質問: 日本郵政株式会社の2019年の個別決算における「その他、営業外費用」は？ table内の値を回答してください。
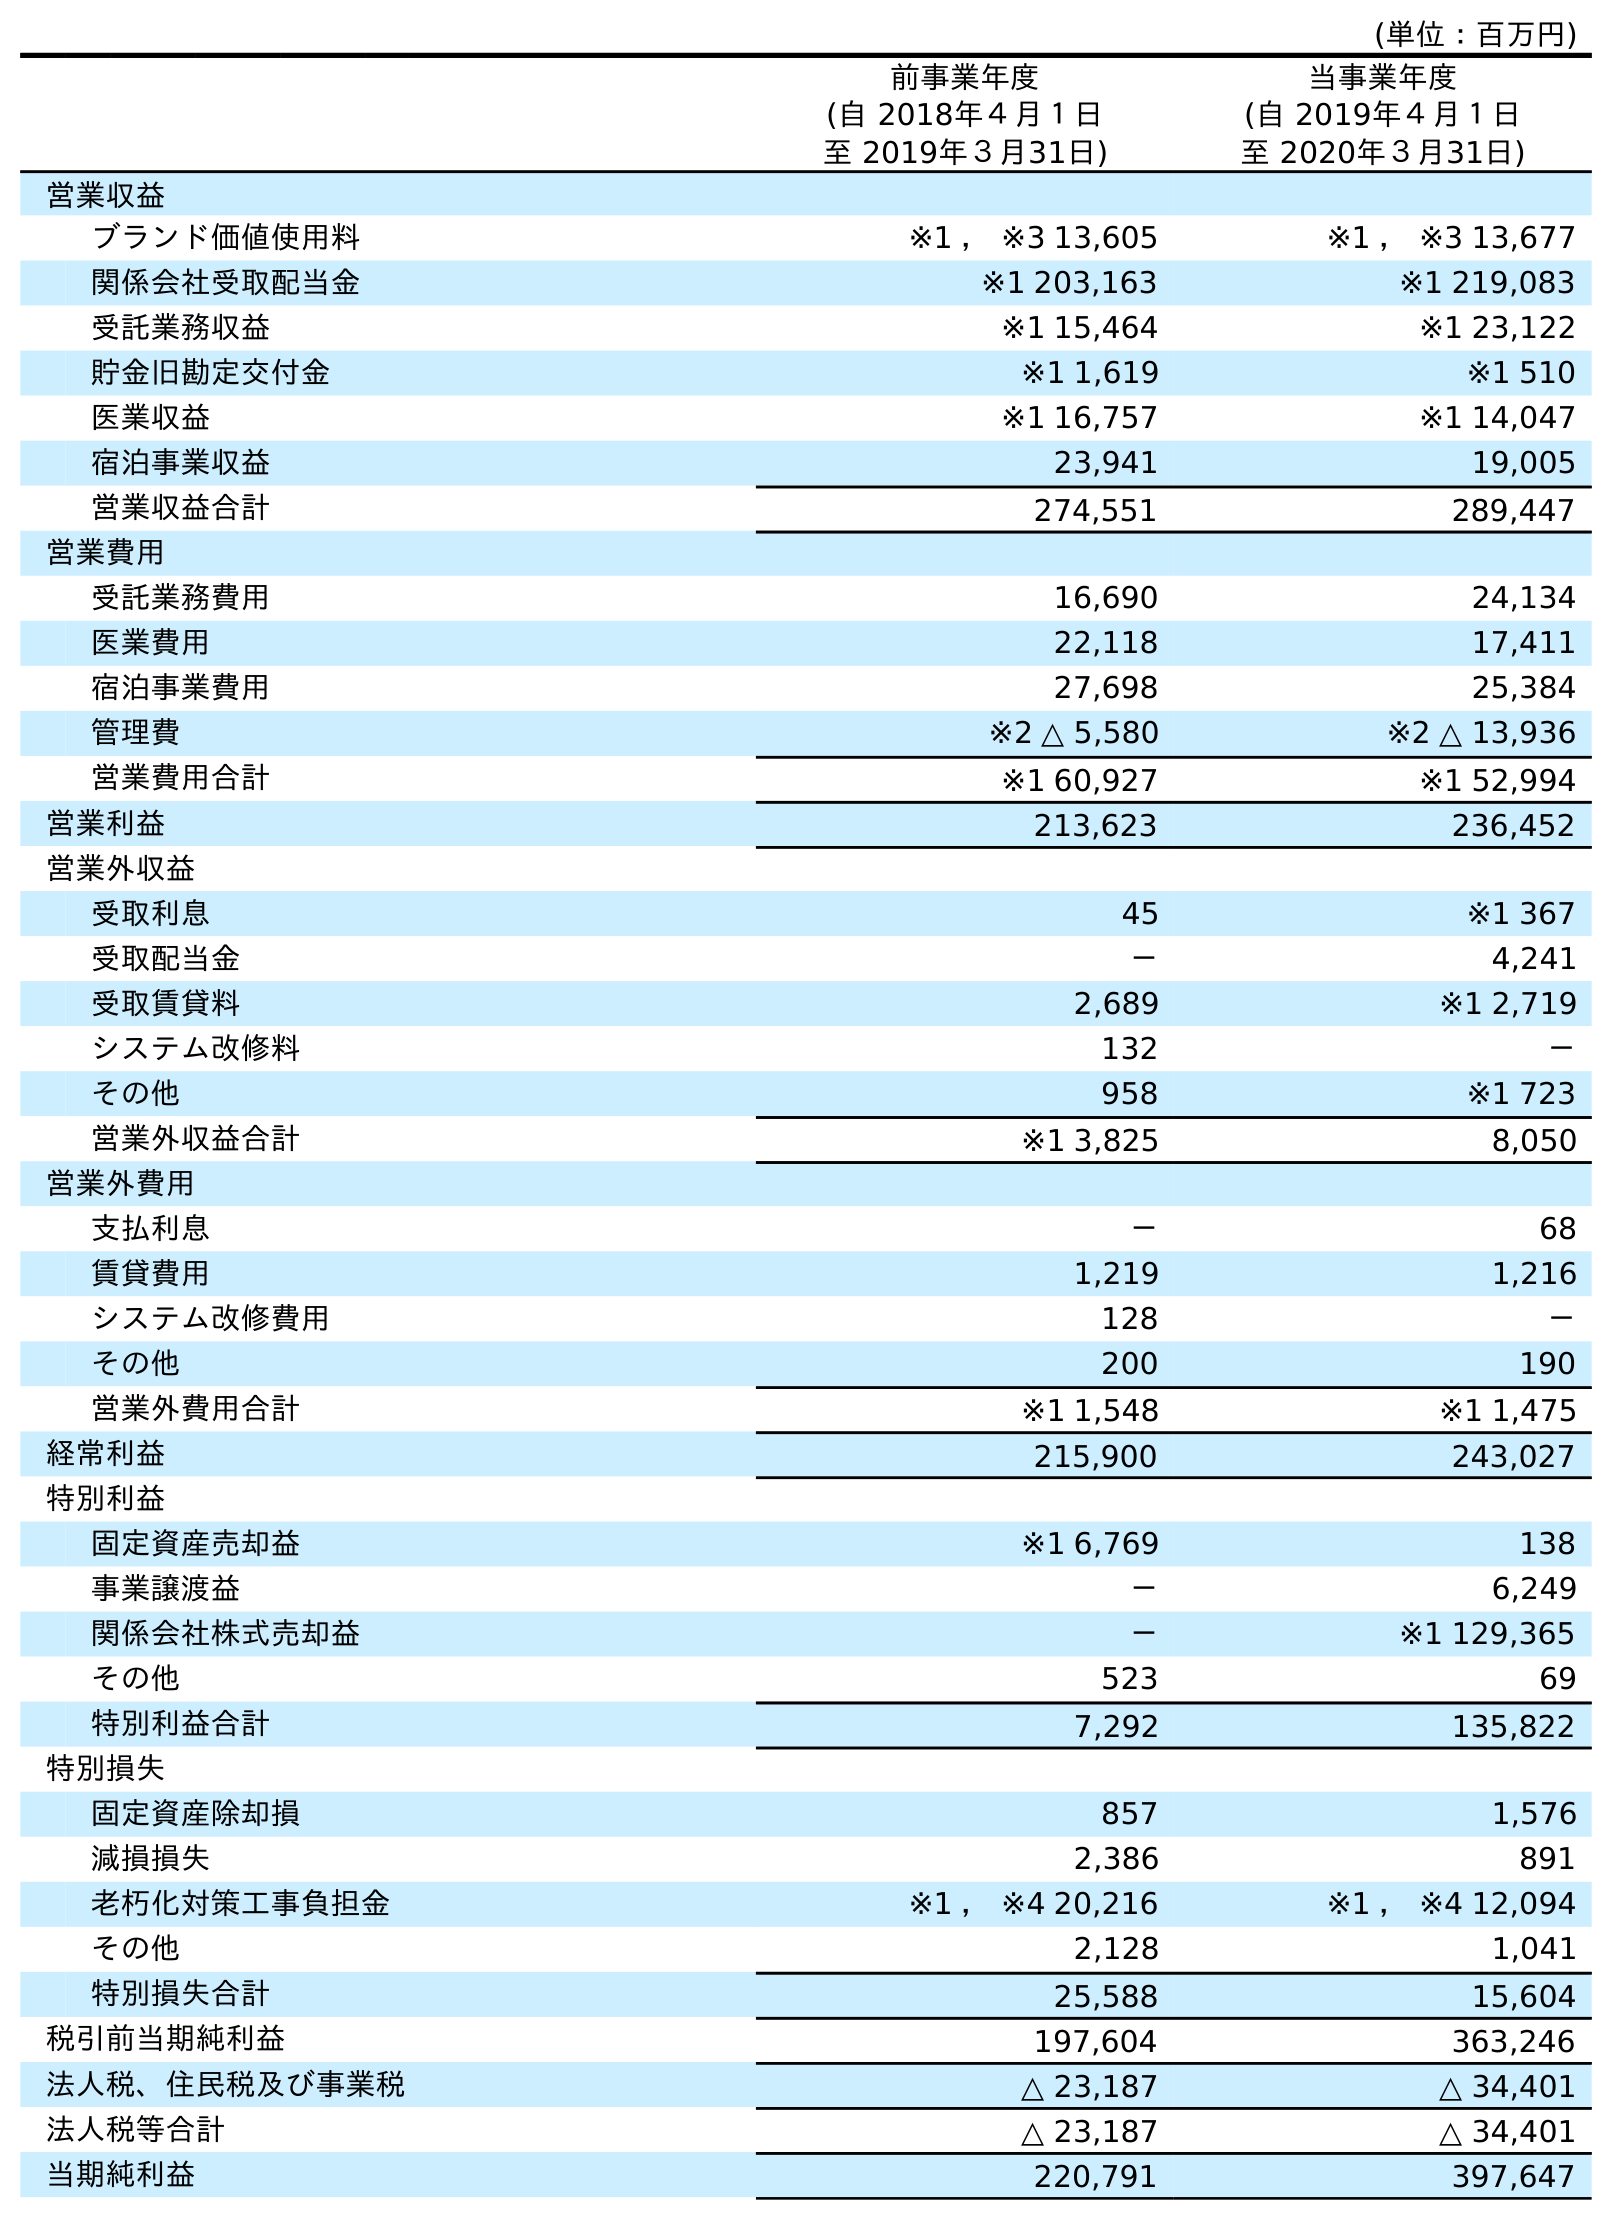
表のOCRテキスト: (単位：百万円) 前事業年度 (自 2018年４月１日 至 2019年３月31日) 当事業年度 (自 2019年４月１日 至 2020年３月31日) 営業収益 ブランド価値使用料 ※1 ， ※3 13,605 ※1 ， ※3 13,677 関係会社受取配当金 ※1 203,163 ※1 219,083 受託業務収益 ※1 15,464 ※1 23,122 貯金旧勘定交付金 ※1 1,619 ※1 510 医業収益 ※1 16,757 ※1 14,047 宿泊事業収益 23,941 19,005 営業収益合計 274,551 289,447 営業費用 受託業務費用 16,690 24,134 医業費用 22,118 17,411 宿泊事業費用 27,698 25,384 管理費 ※2 △ 5,580 ※2 △ 13,936 営業費用合計 ※1 60,927 ※1 52,994 営業利益 213,623 236,452 営業外収益 受取利息 45 ※1 367 受取配当金 － 4,241 受取賃貸料 2,689 ※1 2,719 システム改修料 132 － その他 958 ※1 723 営業外収益合計 ※1 3,825 8,050 営業外費用 支払利息 － 68 賃貸費用 1,219 1,216 システム改修費用 128 － その他 200 190 営業外費用合計 ※1 1,548 ※1 1,475 経常利益 215,900 243,027 特別利益 固定資産売却益 ※1 6,769 138 事業譲渡益 － 6,249 関係会社株式売却益 － ※1 129,365 その他 523 69 特別利益合計 7,292 135,822 特別損失 固定資産除却損 857 1,576 減損損失 2,386 891 老朽化対策工事負担金 ※1 ， ※4 20,216 ※1 ， ※4 12,094 その他 2,128 1,041 特別損失合計 25,588 15,604 税引前当期純利益 197,604 363,246 法人税、住民税及び事業税 △ 23,187 △ 34,401 法人税等合計 △ 23,187 △ 34,401 当期純利益 220,791 397,647
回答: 200